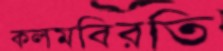
কলমবিরতি